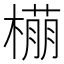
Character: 𬄡